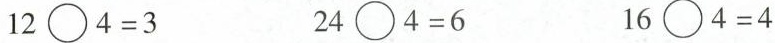
$$12\bigcirc4=3$$ $$24\bigcirc4=6$$ $$16\bigcirc4=4$$